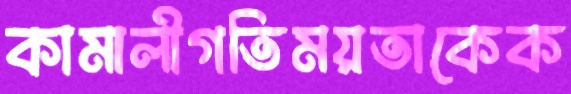
কামালীগতিময়তাকেক